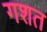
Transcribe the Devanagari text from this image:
गशत